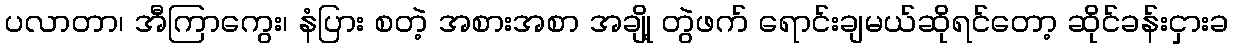
ပလာတာ၊ အီကြာကွေး၊ နံပြား စတဲ့ အစားအစာ အချို့ တွဲဖက် ရောင်းချမယ်ဆိုရင်တော့ ဆိုင်ခန်းငှားခ